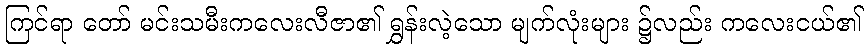
ကြင်ရာ တော် မင်းသမီးကလေးလီဇာ၏ ရွှန်းလဲ့သော မျက်လုံးများ ၌လည်း ကလေးငယ်၏